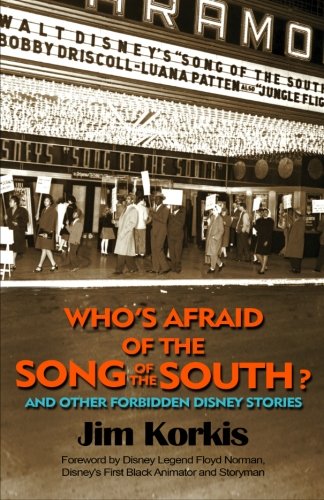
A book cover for Who's Afraid of the Song of the South? And Other Forbidden Disney Stories; Jim Korkis; Travel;